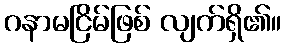
ဂနာမငြိမ်ဖြစ် လျက်ရှိ၏။